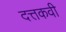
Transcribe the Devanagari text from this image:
दत्तकवी